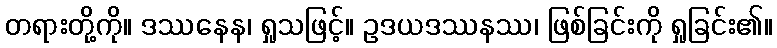
တရားတို့ကို။ ဒဿနေန၊ ရှုသဖြင့်။ ဥဒယဒဿနဿ၊ ဖြစ်ခြင်းကို ရှုခြင်း၏။